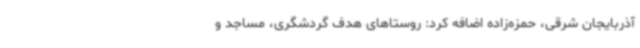
آذربایجان شرقی، حمزه‌زاده اضافه کرد: روستاهای هدف گردشگری، مساجد و